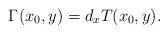
LaTeX: \begin{align*} \Gamma(x_0,y)=d_xT(x_0,y).\end{align*}